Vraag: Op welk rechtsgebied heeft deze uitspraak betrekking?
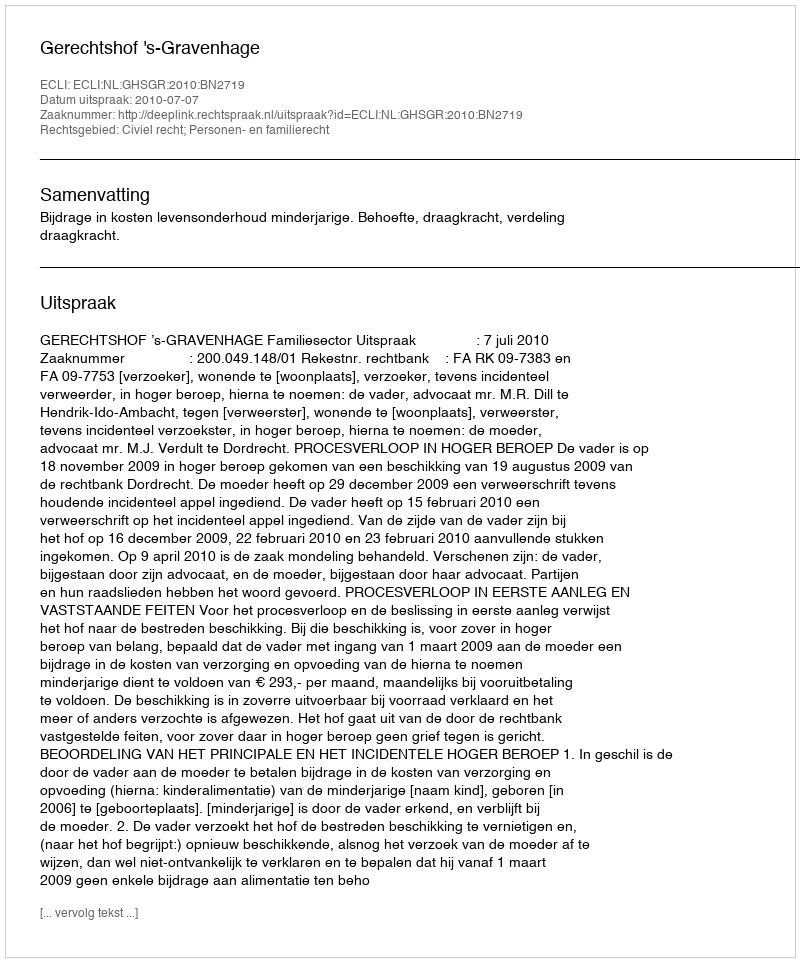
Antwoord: Civiel recht; Personen- en familierecht